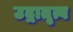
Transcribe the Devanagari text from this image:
उद्गातृत्व